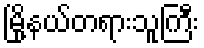
မြို့နယ်တရားသူကြီး